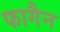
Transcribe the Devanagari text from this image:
फागैन